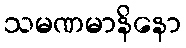
သမဏမာနိနော